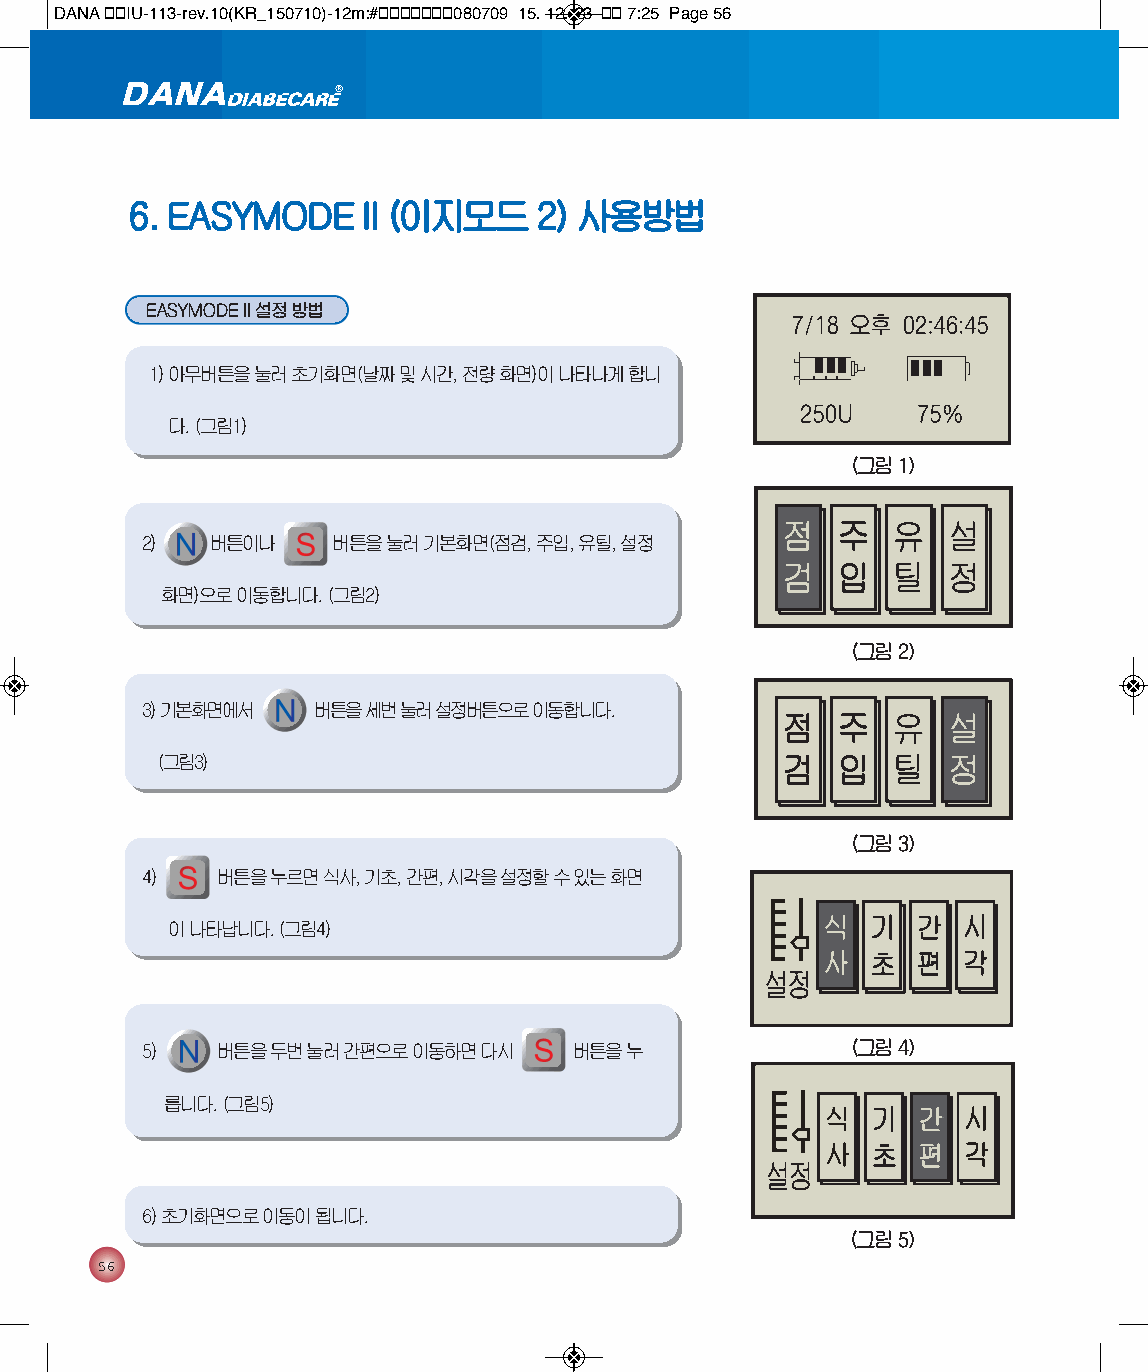
DANA 통통IU-113-rev.10(KR_150710)-12m:#통통통통통통통080709 15. 12. 23 통통 7:25 Page 56
 6. EASYMODEII(이지모드         2) 사용방법
 EASYMODEII설정 방법
 1) 아무버튼을 눌러 초기화면(날짜 및 시간, 전량 화면)이 나타나게 합니
 다. (그림1)
 (그림 1)
 2)   버튼이나    버튼을 눌러 기본화면(점검, 주입, 유틸, 설정
 화면)으로 이동합니다. (그림2)
 (그림 2)
 3) 기본화면에서   버튼을 세번 눌러 설정버튼으로 이동합니다.
 (그림3)
 (그림 3)
 4)   버튼을 누르면 식사, 기초, 간편, 시각을 설정할 수 있는 화면
 이 나타납니다. (그림4)
 5)   버튼을 두번 눌러 간편으로 이동하면 다시  버튼을 누             (그림 4)
 릅니다. (그림5)
 6) 초기화면으로 이동이 됩니다.
 (그림 5)
 56